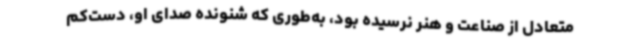
متعادل از صناعت و هنر نرسیده بود، به‌طوری که شنونده صدای او، دست‌کم